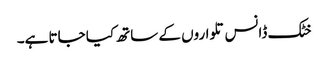
خٹک ڈانس تلواروں کے ساتھ کیا جاتا ہے۔